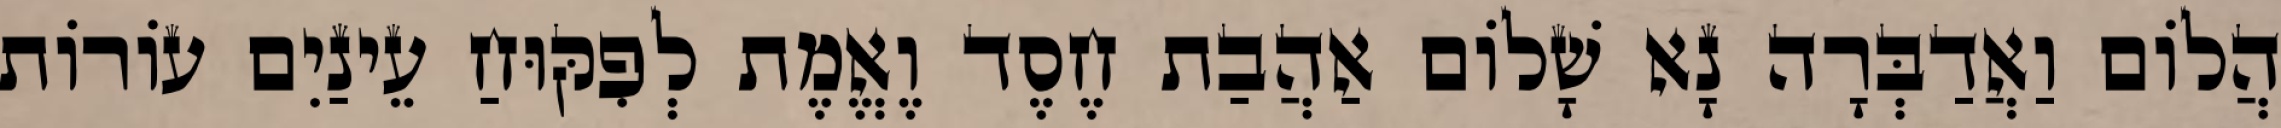
הֲלוֹם וַאֲדַבְּרָה נָא שָׁלוֹם אַהֲבַת חֶסֶד וֶאֱמֶת לְפִקּוּחַ עֵינַיִם עוֹרוֹת